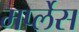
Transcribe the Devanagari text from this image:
मर्प्लेस